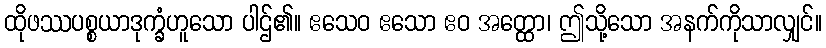
ထိုဖဿပစ္စယာဒုက္ခံဟူသော ပါဌ်၏။ ဧသေဝ ဧသော ဧဝ အတ္ထော၊ ဤသို့သော အနက်ကိုသာလျှင်။